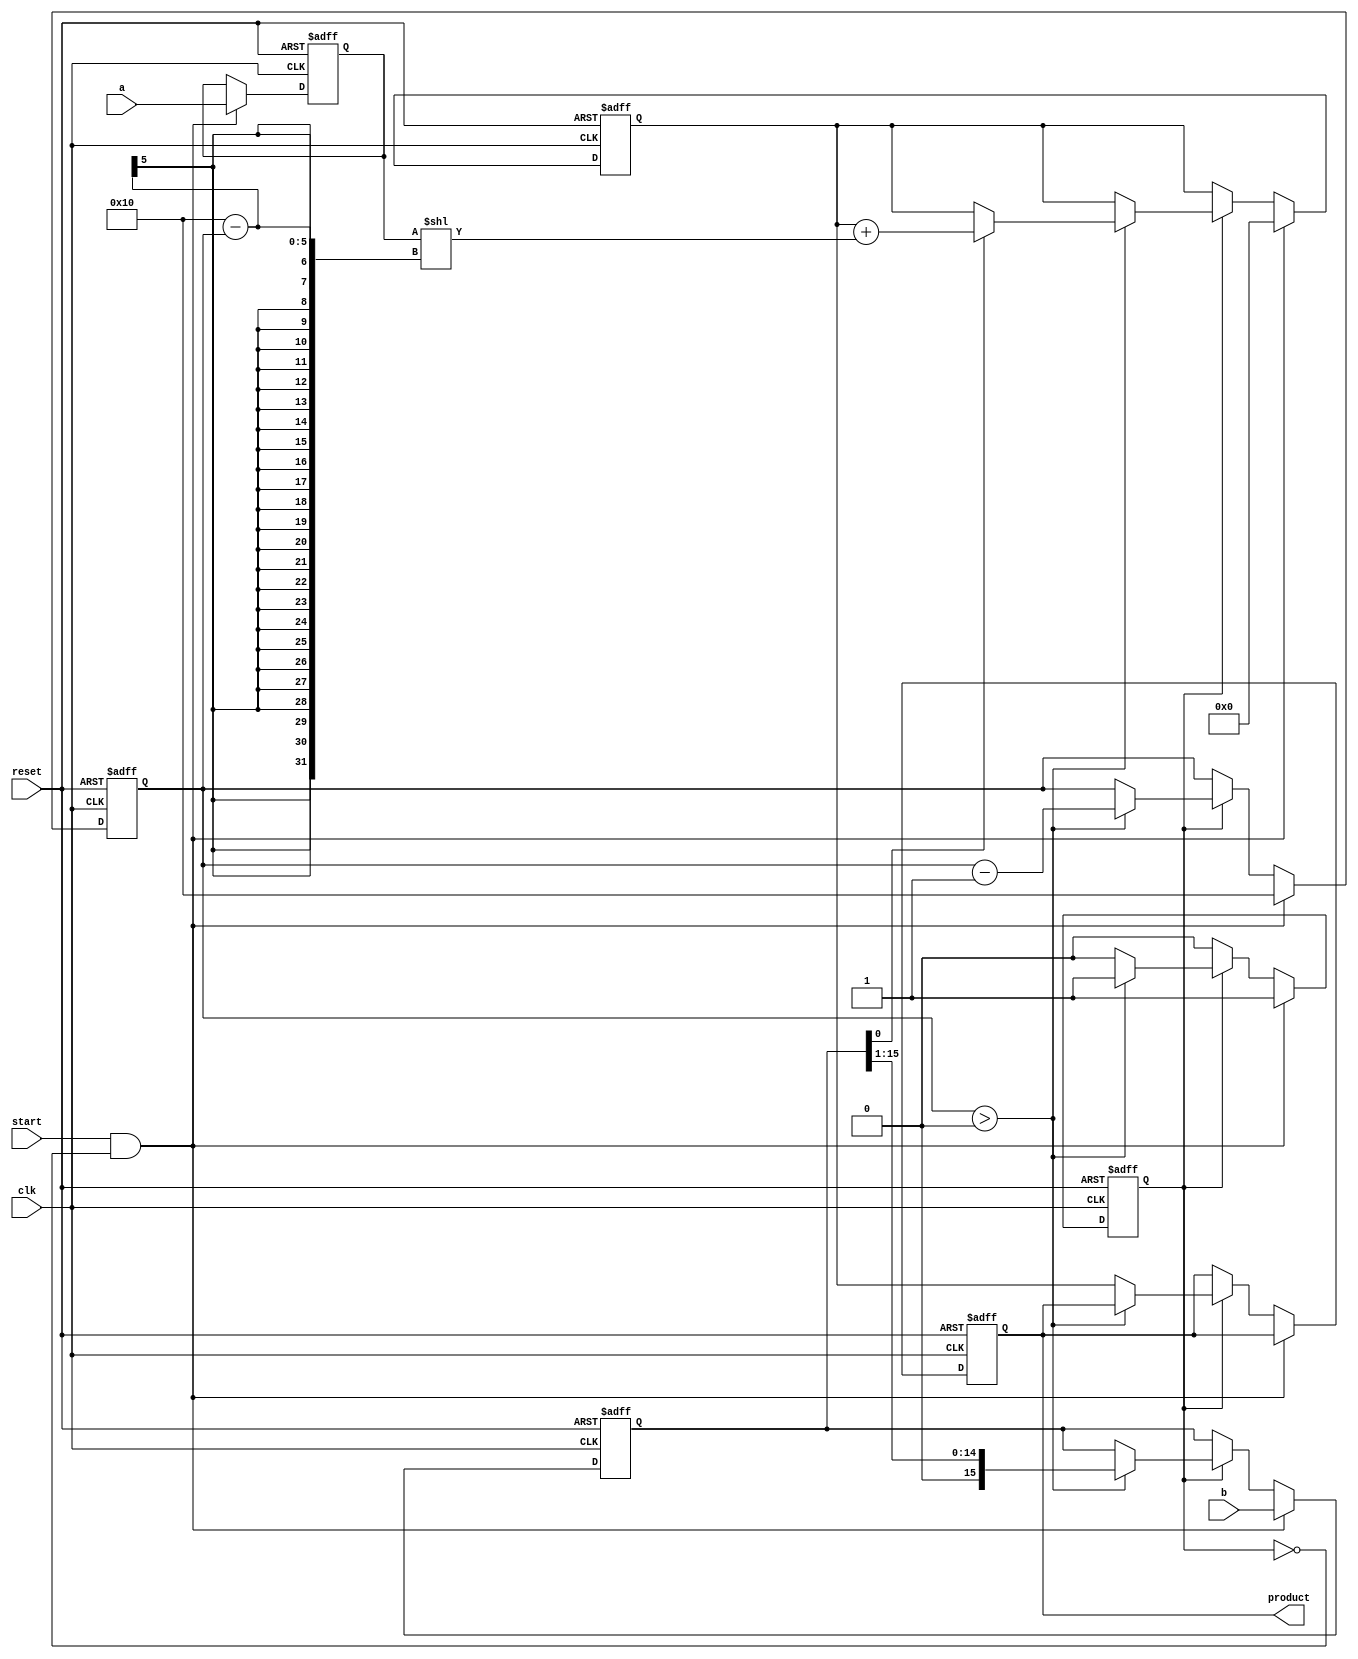
module multiplier_16bit (
    output reg [31:0] product,
    input [15:0] a,
    input [15:0] b,
    input clk,
    input start,
    input reset
);

reg [15:0] a_reg, b_reg;
reg [31:0] product_reg;
reg [4:0] count; // Needs to count up to 16
reg running;

always @(posedge clk or posedge reset) begin
    if (reset) begin
        product_reg <= 0;
        a_reg <= 0;
        b_reg <= 0;
        count <= 0;
        product <= 0;
        running <= 0;
    end else if (start && !running) begin
        a_reg <= a;
        b_reg <= b;
        product_reg <= 0;
        count <= 16;
        running <= 1;
    end else if (running) begin
        if (count > 0) begin
            if (b_reg[0] == 1) begin
                product_reg <= product_reg + (a_reg << (16 - count));
            end
            b_reg <= b_reg >> 1;
            count <= count - 1;
        end else begin
            product <= product_reg;
            running <= 0;
        end
    end
end

endmodule